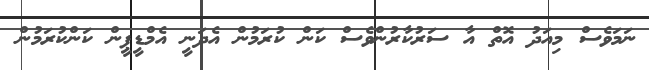
ނަމަވެސް މިއަދު އޮތް އާ ސަރުކާރުންވެސް ކަން ކުރަމުން އެދަނީ އެމްޑީޕީން ކަންކުރަމުން